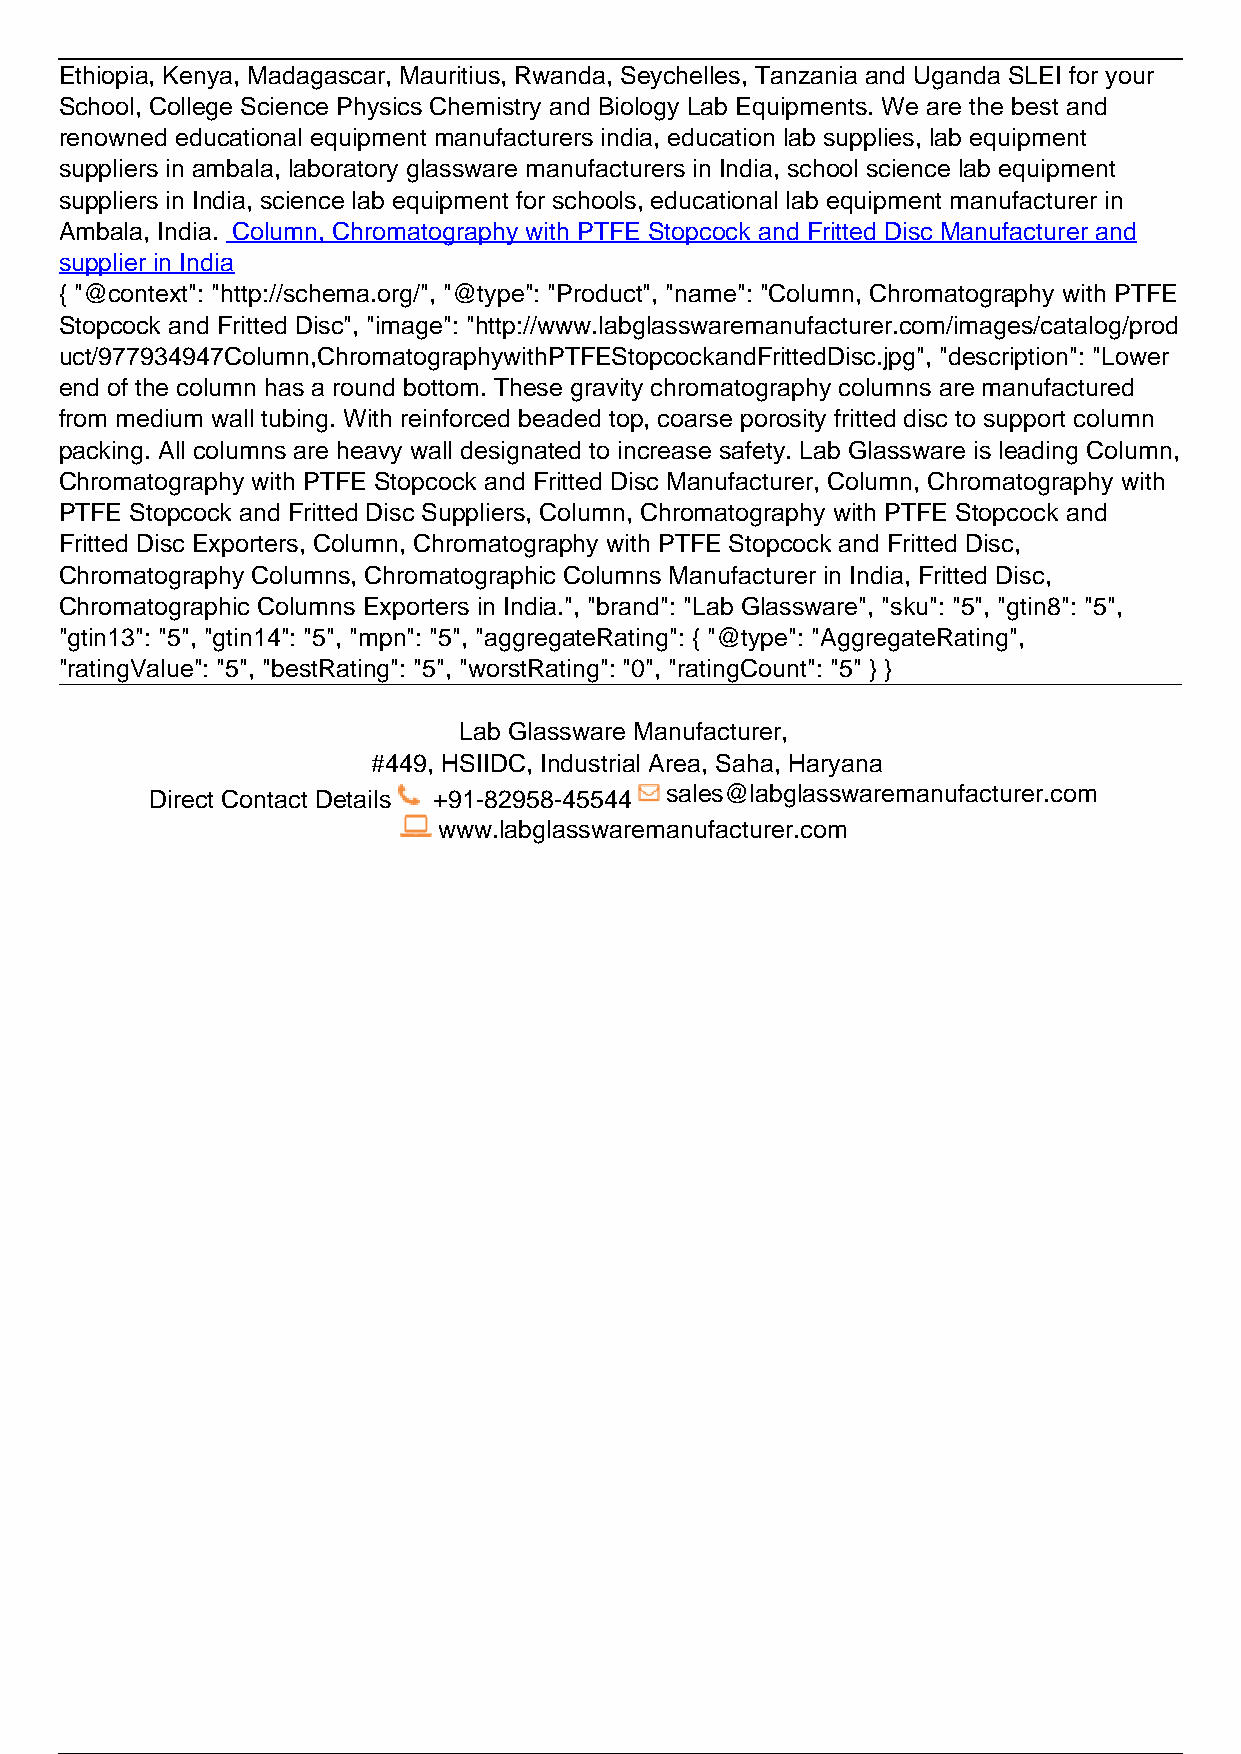
Ethiopia, Kenya, Madagascar, Mauritius, Rwanda, Seychelles, Tanzania and Uganda SLEI for your
 School, College Science Physics Chemistry and Biology Lab Equipments. We are the best and
 renowned educational equipment manufacturers india, education lab supplies, lab equipment
 suppliers in ambala, laboratory glassware manufacturers in India, school science lab equipment
 suppliers in India, science lab equipment for schools, educational lab equipment manufacturer in
 Ambala, India. Column, Chromatography with PTFE Stopcock and Fritted Disc Manufacturer and
 supplier in India
 { "@context": "http://schema.org/", "@type": "Product", "name": "Column, Chromatography with PTFE
 Stopcock and Fritted Disc", "image": "http://www.labglasswaremanufacturer.com/images/catalog/prod
 uct/977934947Column,ChromatographywithPTFEStopcockandFrittedDisc.jpg", "description": "Lower
 end of the column has a round bottom. These gravity chromatography columns are manufactured
 from medium wall tubing. With reinforced beaded top, coarse porosity fritted disc to support column
 packing. All columns are heavy wall designated to increase safety. Lab Glassware is leading Column,
 Chromatography with PTFE Stopcock and Fritted Disc Manufacturer, Column, Chromatography with
 PTFE Stopcock and Fritted Disc Suppliers, Column, Chromatography with PTFE Stopcock and
 Fritted Disc Exporters, Column, Chromatography with PTFE Stopcock and Fritted Disc,
 Chromatography Columns, Chromatographic Columns Manufacturer in India, Fritted Disc,
 Chromatographic Columns Exporters in India.", "brand": "Lab Glassware", "sku": "5", "gtin8": "5",
 "gtin13": "5", "gtin14": "5", "mpn": "5", "aggregateRating": { "@type": "AggregateRating",
 "ratingValue": "5", "bestRating": "5", "worstRating": "0", "ratingCount": "5" } }
 Lab Glassware Manufacturer,
 #449, HSIIDC, Industrial Area, Saha, Haryana
 Direct Contact Details +91-82958-45544 sales@labglasswaremanufacturer.com
 www.labglasswaremanufacturer.com
 Powered by TCPDF (www.tcpdf.org)
 2 / 2